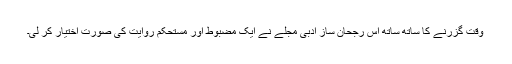
وقت گزرنے کا ساتھ ساتھ اس رجحان ساز ادبی مجلے نے ایک مضبوط اور مستحکم روایت کی صورت اختیار کر لی۔